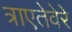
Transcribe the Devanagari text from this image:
त्राएतेवेरे